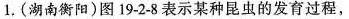
1.(湖南衡阳)图19-2-8表示某种昆虫的发育过程，